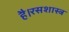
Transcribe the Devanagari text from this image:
है।रसशास्त्र